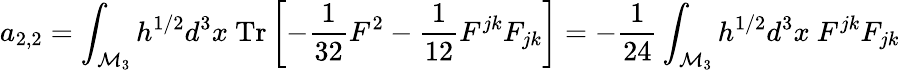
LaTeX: a_{2,2}=\int_{{\cal M}_{3}}h^{1/2}d^{3}x~\mathrm{Tr}\left[-{\frac{1}{32}}F^{2}-{\frac{1}{12}}F^{jk}F_{jk}\right]=-{\frac{1}{24}}\int_{{\cal M}_{3}}h^{1/2}d^{3}x~F^{jk}F_{jk}